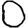
Digit: 0